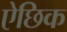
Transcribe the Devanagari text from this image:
ऐछिक